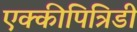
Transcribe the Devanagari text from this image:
एक्कीपित्रिडी